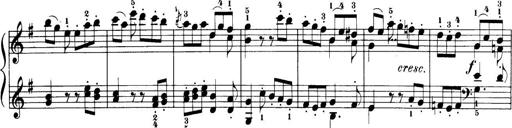
Title: 32 Sonatinas and Rondos for the Piano
Composer: Richard Kleinmichel